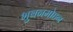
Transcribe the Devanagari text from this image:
भुबनमोहन